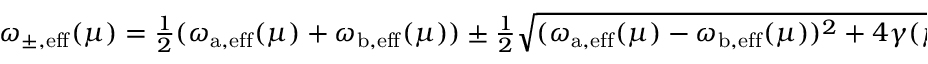
\begin{array} { r } { \omega _ { \mathrm { \pm , e f f } } ( \mu ) = \frac { 1 } { 2 } ( \omega _ { \mathrm { a , e f f } } ( \mu ) + \omega _ { \mathrm { b , e f f } } ( \mu ) ) \pm \frac { 1 } { 2 } \sqrt { ( \omega _ { \mathrm { a , e f f } } ( \mu ) - \omega _ { \mathrm { b , e f f } } ( \mu ) ) ^ { 2 } + 4 \gamma ( \mu ) ^ { 2 } } } \end{array}